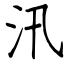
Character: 汛